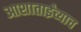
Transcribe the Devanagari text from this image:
आशाताईंच्याच